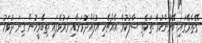
ގޭތެރޭގައި ބޭނުންކުރާ ތަކެތި ސާފުކުރާ އެއްޗެހި އުފެއްދުމަށާއި މަރުވެފައި ތިބޭމީހުން ގިނަ ދުވަހު